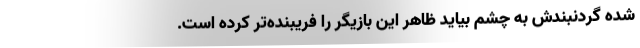
شده گردنبندش به چشم بیاید ظاهر این بازیگر را فریبنده‌تر کرده است.